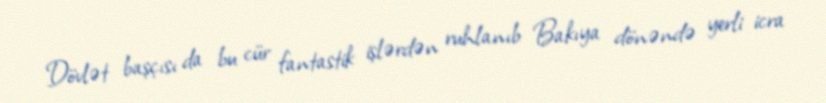
Dövlət başçısı da bu cür fantastik işlərdən ruhlanıb Bakıya dönəndə yerli icra